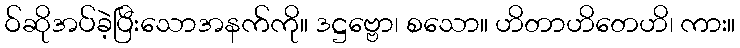
ဝ်ဆိုအပ်ခဲ့ပြီးသောအနက်ကို။ ဒဋ္ဌဗ္ဗော၊ စသော။ ဟိတာဟိတေဟိ၊ ကား။